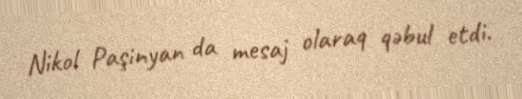
Nikol Paşinyan da mesaj olaraq qəbul etdi.